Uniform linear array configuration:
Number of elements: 32
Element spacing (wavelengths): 0.25
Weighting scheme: uniform
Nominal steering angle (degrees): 0
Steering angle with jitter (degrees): -0.07202
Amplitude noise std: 0.05
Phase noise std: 0.05

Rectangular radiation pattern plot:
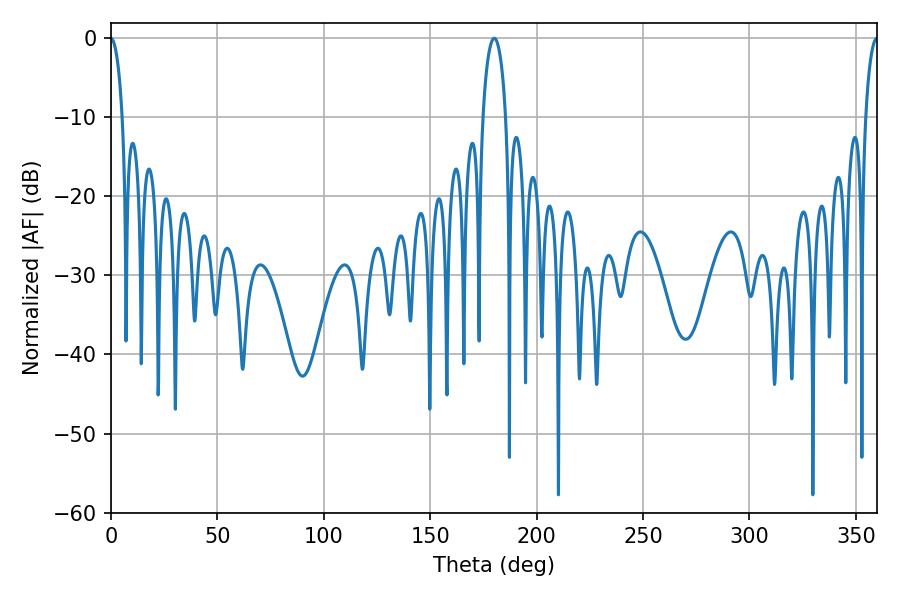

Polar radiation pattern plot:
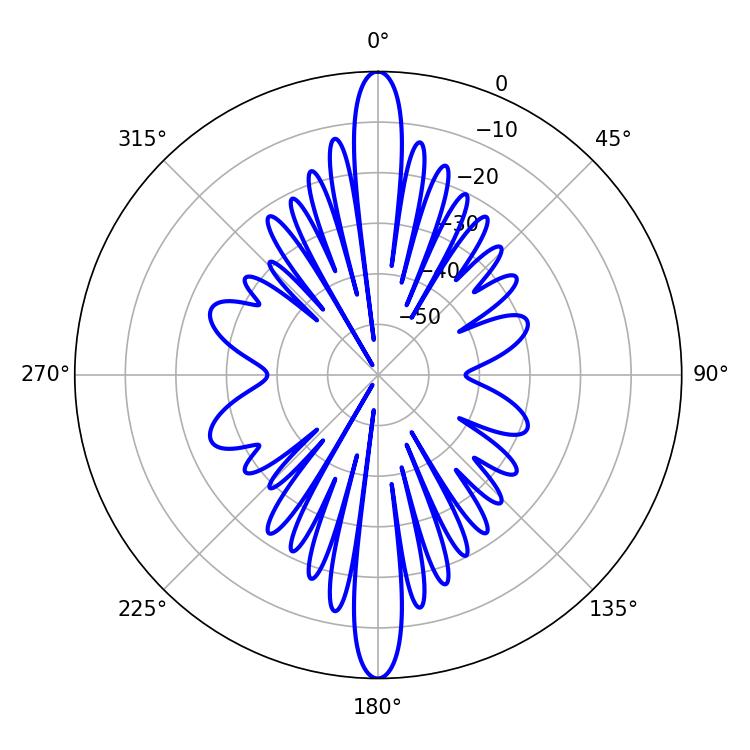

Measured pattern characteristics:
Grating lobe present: FALSE
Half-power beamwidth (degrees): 3.24
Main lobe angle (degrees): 360